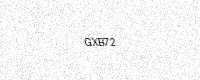
Text: GXB72